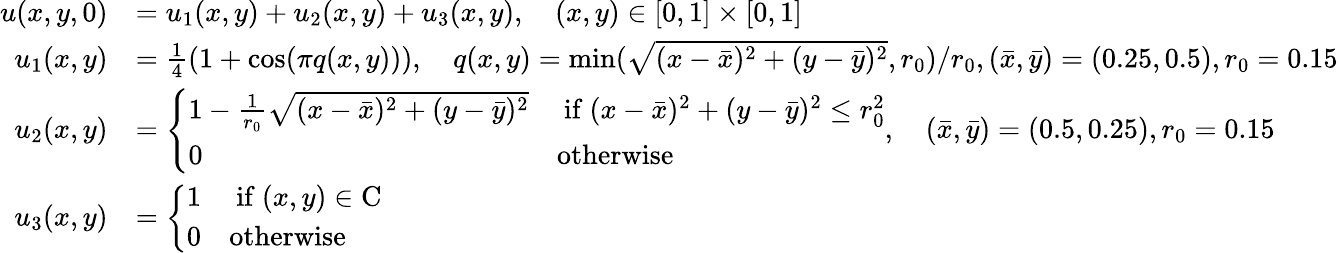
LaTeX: \begin{array}{rl}{u(x,y,0)}&{=u_{1}(x,y)+u_{2}(x,y)+u_{3}(x,y),\quad(x,y)\in[0,1]\times[0,1]}\\ {u_{1}(x,y)}&{=\frac{1}{4}(1+\cos(\pi q(x,y))),\quad q(x,y)=\operatorname*{min}(\sqrt{(x-\bar{x})^{2}+(y-\bar{y})^{2}},r_{0})/r_{0},{(\bar{x},\bar{y})}=(0.25,0.5),r_{0}=0.15}\\ {u_{2}(x,y)}&{=\left\{ \begin{array}{ll}{1-\frac{1}{r_{0}}\sqrt{(x-\bar{x})^{2}+(y-\bar{y})^{2}}}&{\mathrm{~if~}(x-\bar{x})^{2}+(y-\bar{y})^{2}\le r_{0}^{2}}\\ {0}&{\mathrm{otherwise}}\end{array}\right.,\quad{(\bar{x},\bar{y})}=(0.5,0.25),r_{0}=0.15}\\ {u_{3}(x,y)}&{=\left\{ \begin{array}{ll}{1}&{\mathrm{~if~}(x,y)\in\mathrm{C}}\\ {0}&{\mathrm{otherwise}}\end{array}\right.}\end{array}